Vaccination in the Punjab 1919-1929 - 1919-1929
Year: 1919
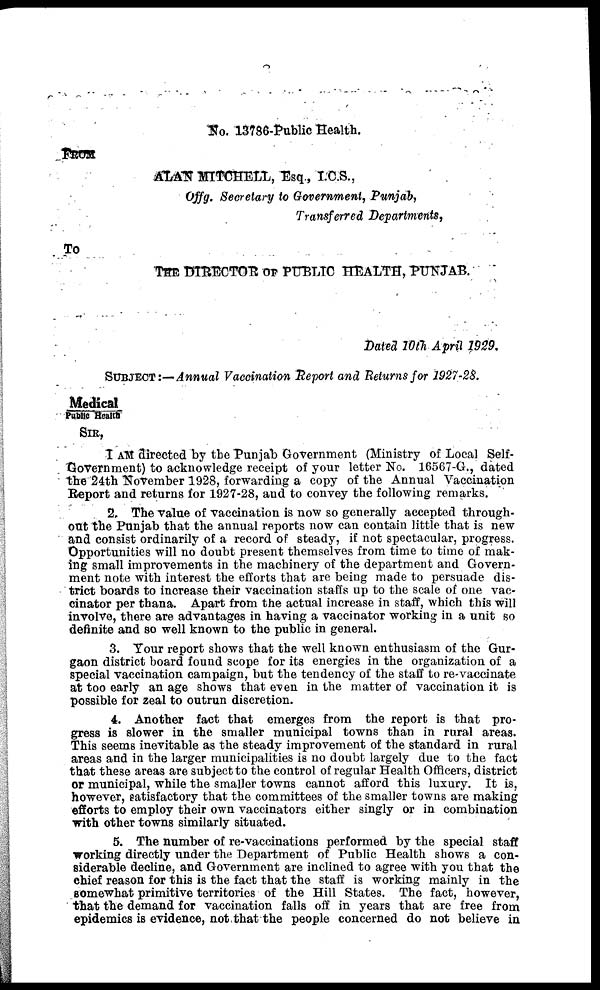
No. 13786-Public Health.
FROM
ALAN MITCHELL, Esq., I.C.S.,
Offg. Secretary to Government, Punjab,
Transferred Departments,
To
THE DIRECTOR OF PUBLIC HEALTH, PUNJAB.
Dated 10th April 1929.
SUBJECT:—Annual Vaccination Report and Returns for 1927-28.
Medical/Public Health
SIR,
I AM directed by the Punjab Government (Ministry of Local Self-
Government) to acknowledge receipt of your letter No. 16567-G., dated
the 24th November 1928, forwarding a copy of the Annual Vaccination
Report and returns for 1927-28, and to convey the following remarks.
2. The value of vaccination is now so generally accepted through-
out the Punjab that the annual reports now can contain little that is new
and consist ordinarily of a record of steady, if not spectacular, progress.
Opportunities will no doubt present themselves from time to time of mak-
ing small improvements in the machinery of the department and Govern-
ment note with interest the efforts that are being made to persuade dis-
trict boards to increase their vaccination staffs up to the scale of one vac-
cinator per thana. Apart from the actual increase in staff, which this will
involve, there are advantages in having a vaccinator working in a unit so
definite and so well known to the public in general.
3. Your report shows that the well known enthusiasm of the Gur-
gaon district board found scope for its energies in the organization of a
special vaccination campaign, but the tendency of the staff to re-vaccinate
at too early an age shows that even in the matter of vaccination it is
possible for zeal to outrun discretion.
4. Another fact that emerges from the report is that pro-
gress is slower in the smaller municipal towns than in rural areas.
This seems inevitable as the steady improvement of the standard in rural
areas and in the larger municipalities is no doubt largely due to the fact
that these areas are subject to the control of regular Health Officers, district
or municipal, while the smaller towns cannot afford this luxury. It is,
however, satisfactory that the committees of the smaller towns are making
efforts to employ their own vaccinators either singly or in combination
with other towns similarly situated.
5. The number of re-vaccinations performed by the special staff
working directly under the Department of Public Health shows a con-
siderable decline, and Government are inclined to agree with you that the
chief reason for this is the fact that the staff is working mainly in the
somewhat primitive territories of the Hill States. The fact, however,
that the demand for vaccination falls off in years that are free from
epidemics is evidence, not that the people concerned do not believe in